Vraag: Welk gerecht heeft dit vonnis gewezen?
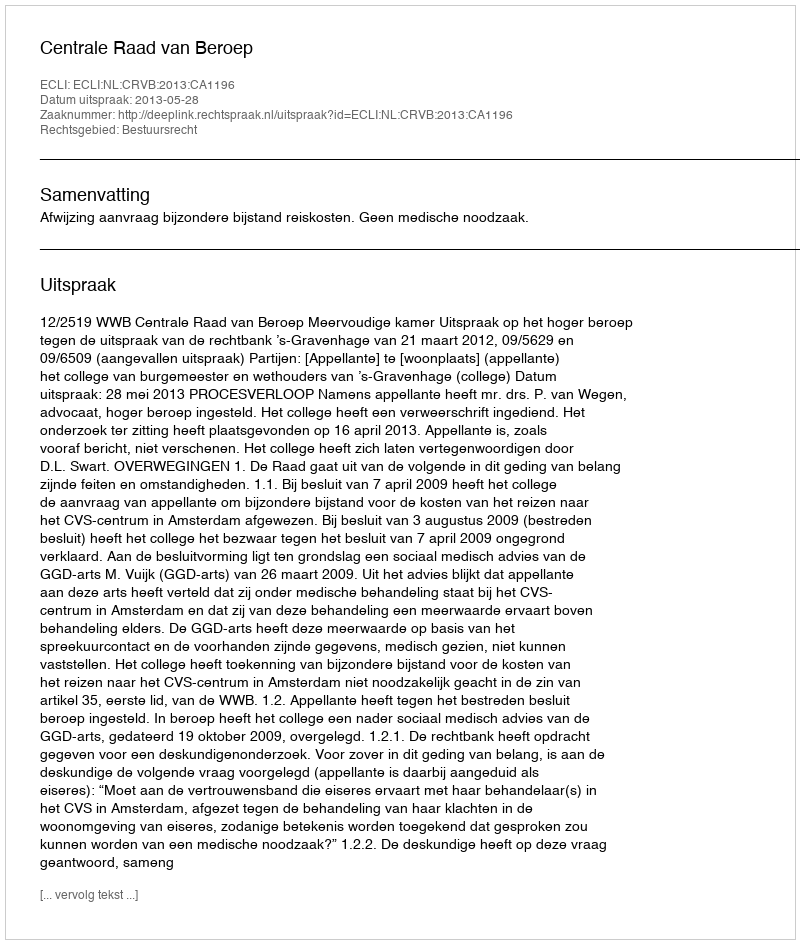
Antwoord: Centrale Raad van Beroep